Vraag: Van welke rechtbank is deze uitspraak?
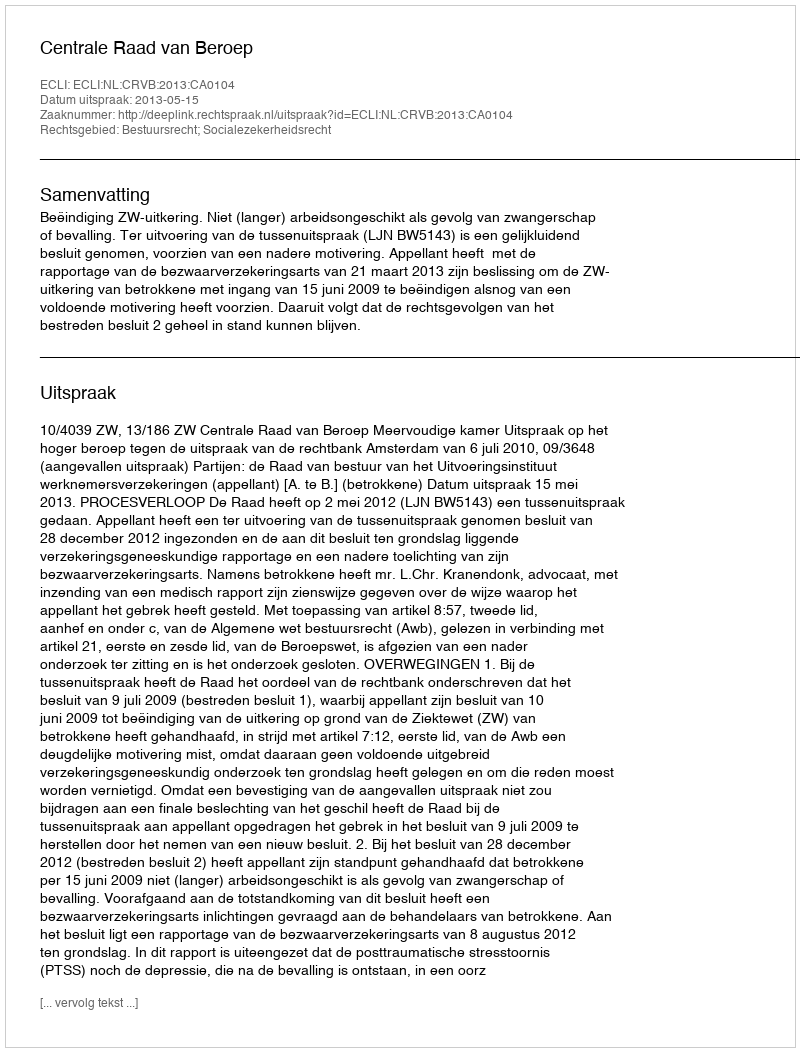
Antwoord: Centrale Raad van Beroep